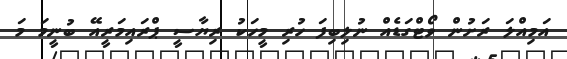
އަމިއްލަ ރަށުން ވޯޓްގަޑެއް ނުލިބިފަ ހުރި މީހަކު ރިޔާސީ ޕްރައިމަރީއޭ ބުނީމަ މަ